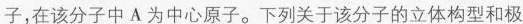
子，在该分子中A为中心原子。下列关于该分子的立体构型和极